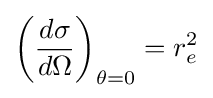
\left({\frac {d\sigma }{d\Omega }}\right)_{\theta =0}=r_{e}^{2}